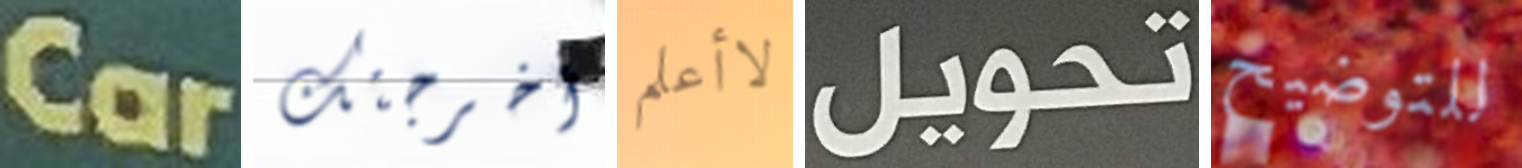
Car أخرجتك لاأعلم تحويل للتوضيح